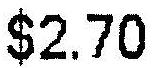
$2.70